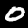
Label: 0